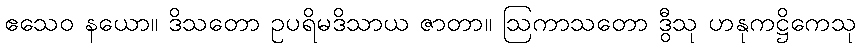
ဧသေဝ နယော။ ဒိသတော ဥပရိမဒိသာယ ဇာတာ။ ဩကာသတော ဒွီသု ဟနုကဋ္ဌိကေသု